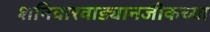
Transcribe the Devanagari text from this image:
शनिवारवाड्यानजीकच्या